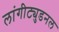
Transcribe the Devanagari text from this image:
लांगीट्युडनल